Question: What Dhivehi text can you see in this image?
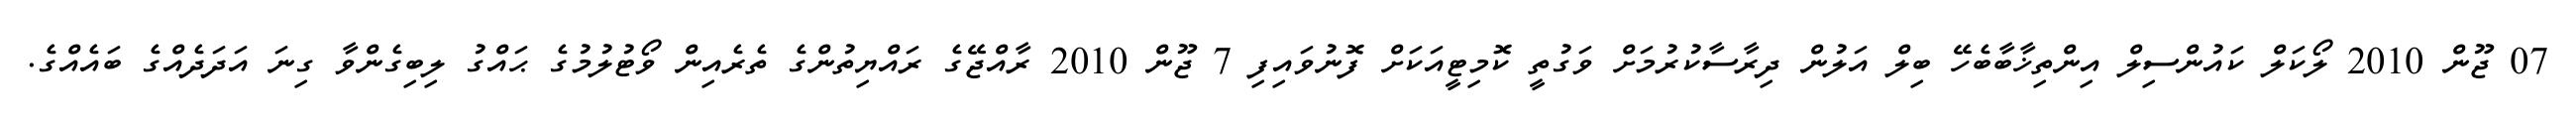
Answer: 07 ޖޫން 2010 ލޯކަލް ކައުންސިލް އިންތިޚާބާބެހޭ ބިލް އަލުން ދިރާސާކުރުމަށް ވަގުތީ ކޮމިޓީއަކަށް ފޮނުވައިފި 7 ޖޫން 2010 ރާއްޖޭގެ ރައްޔިތުންގެ ތެރެއިން ވޯޓުލުމުގެ ޙައްގު ލިބިގެންވާ ގިނަ އަދަދެއްގެ ބައެއްގެ.